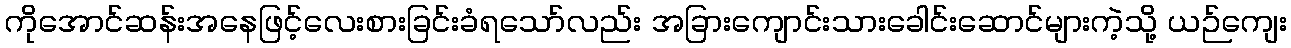
ကိုအောင်ဆန်းအနေဖြင့်လေးစားခြင်းခံရသော်လည်း အခြားကျောင်းသားခေါင်းဆောင်များကဲ့သို့ ယဉ်ကျေး